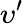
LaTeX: \upsilon^{\prime}